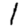
Digit: 1